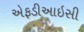
એફડીઆઇસી